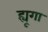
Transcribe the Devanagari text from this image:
ह्यूगा